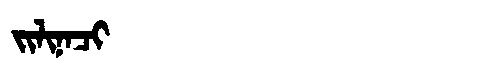
Manchu: ᠵᡳᠯᡳᠨᠠᠴᡳ
Romanization: JILINACI